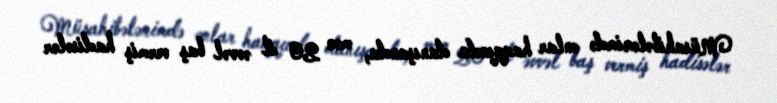
Müsahibələrimdə onlar haqqında danışanda, mən 20 il əvvəl baş vermiş hadisələr